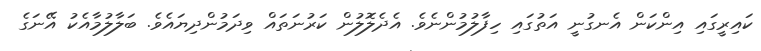
ކައިރީގައި އިންކަން އެނގުނީ އަތުގައި ހިފާލުމުންނެވެ. އެދެލޮލުން ކަރުނަތައް ވިދަމުންދިޔައެވެ. ބަލާލުމާއެކު އޭނަގެ